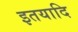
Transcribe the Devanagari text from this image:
इतयादि